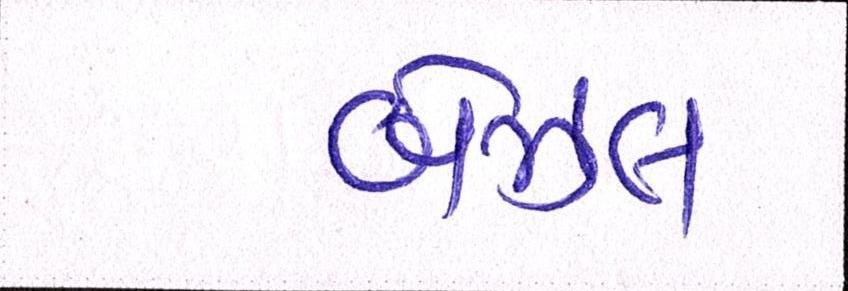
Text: બેઝલ